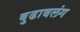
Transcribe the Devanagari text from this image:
बुढाबलंग